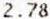
2.78